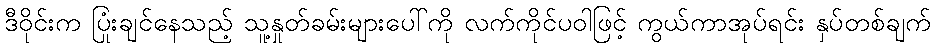
ဒီဝိုင်းက ပြုံးချင်နေသည့် သူ့နှုတ်ခမ်းများပေါ်ကို လက်ကိုင်ပဝါဖြင့် ကွယ်ကာအုပ်ရင်း နှပ်တစ်ချက်